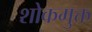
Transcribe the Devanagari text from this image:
शोकमुक्त